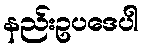
နည်းဥပဒေပါ